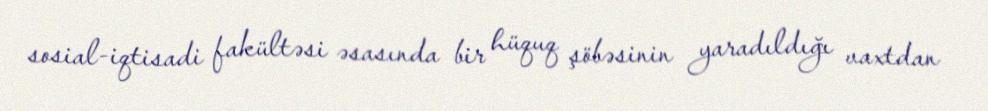
sosial-iqtisadi fakültəsi əsasında bir hüquq şöbəsinin yaradıldığı vaxtdan